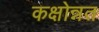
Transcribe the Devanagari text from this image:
कक्षोन्नत